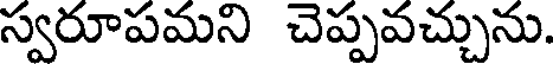
స్వరూపమని చెప్పవచ్చును.